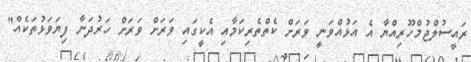
ރައީސުލްޖުމްހޫރިއްޔާ އެ އަޅުއްވަނީ ވަރަށް ކެތްތެރިކަމާއި އެކީގައި ވަރަށް ވަރަށް ހަރުދަނާ ފިޔަވަޅުތަކެއް"